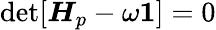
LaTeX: \operatorname*{det}[\boldsymbol{H}_{p}-\omega\boldsymbol{1}]=0